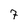
Character: 7